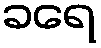
ခရေ